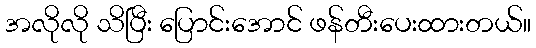
အလိုလို သိပြီး ပြောင်းအောင် ဖန်တီးပေးထားတယ်။